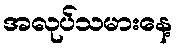
အလုပ်သမားနေ့